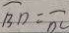
\widehat { B D } = \widehat { O C }